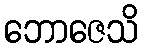
ဘောဇေသိ